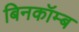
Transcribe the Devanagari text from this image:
बिनकॉम्ब